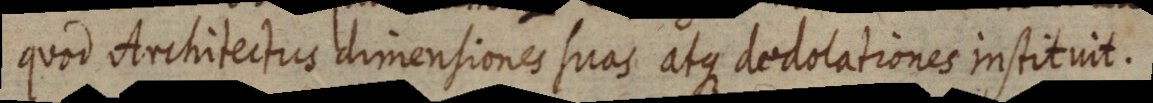
quod Architectus dimensiones suas atque dedolationes instituit.